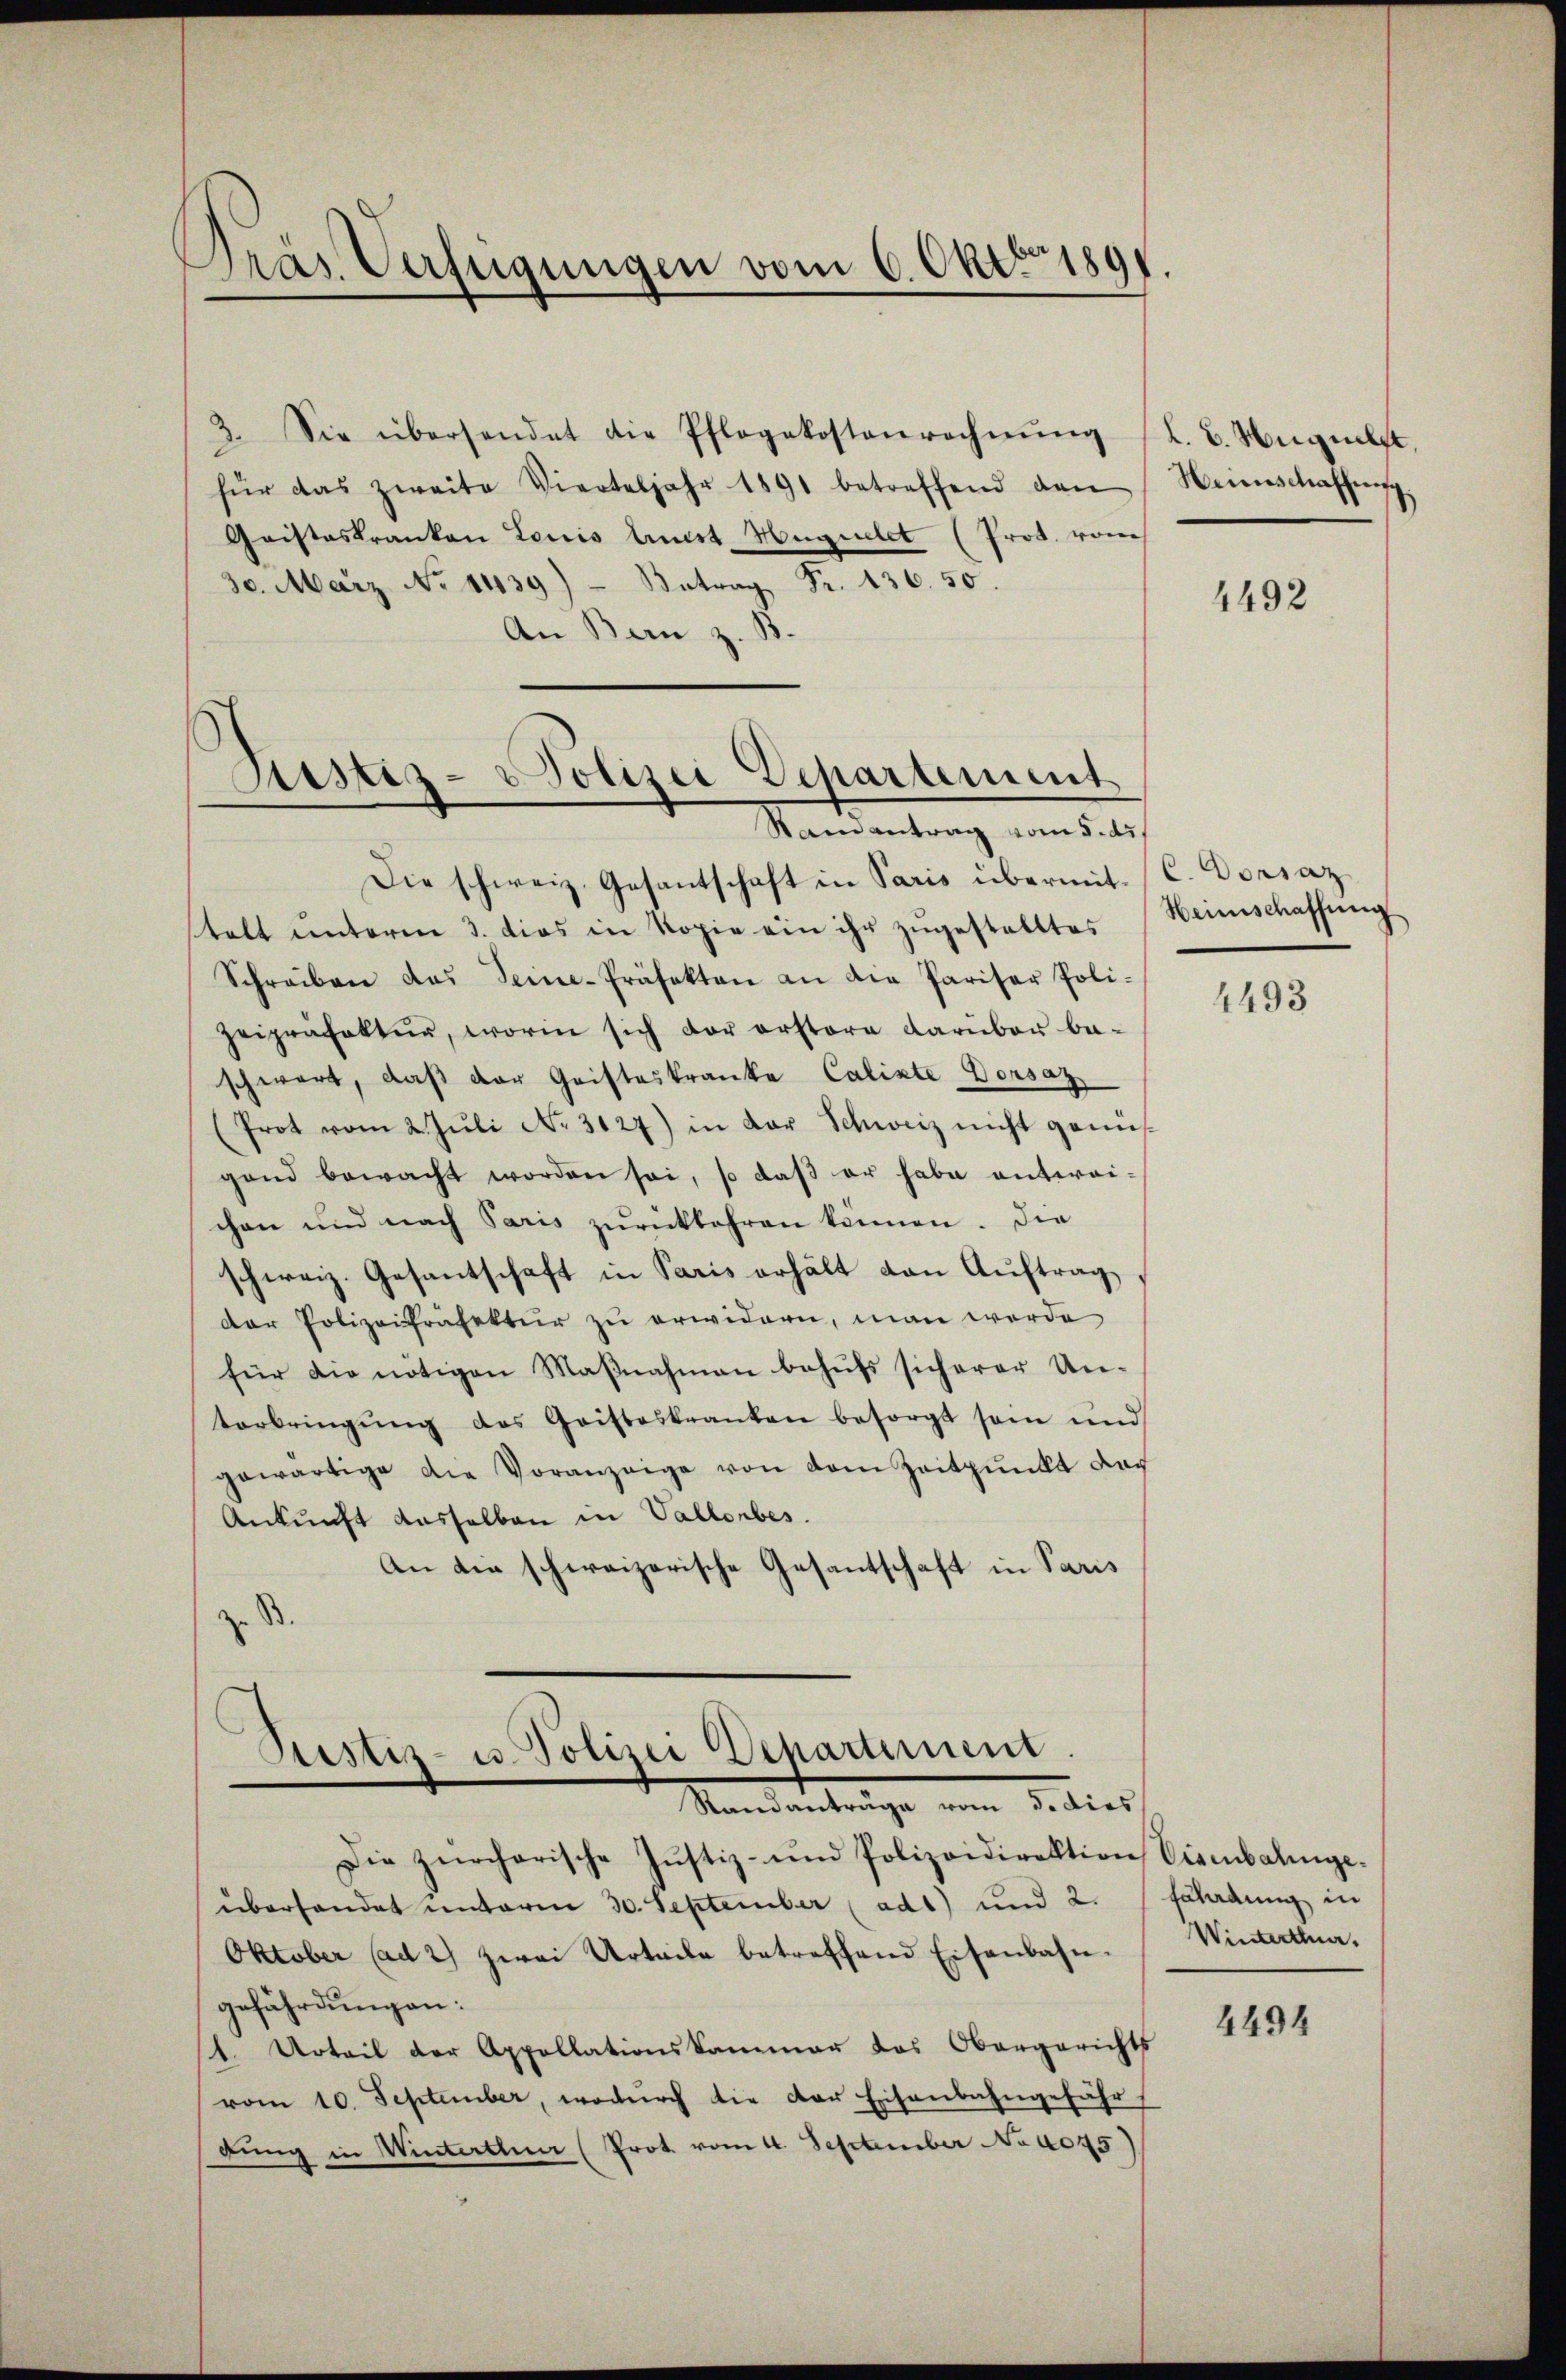
Dras Verfügungen vom 6. Okt. 1891.

für das zweite Vierteljahr 1891 betreffend den Weinschaffŭng.
Gaisteskranken Louis linist Huguelet (Prot. vom
30. März No 1439) Antrag Fr. 436. 50.
An Bern z. B.
Die schweiz. Gesantschaft in Paris übermit. C. Dorsaz
stalt ŭnterm 3. dies in Kopie ein ihr zŭgestelltes Weinschaffŭng
Schreiben das Seine-Präfekten an die Pariser Poli-
zeiprafaktur, worin sich der erstere darüber be-
schwert, daß der Gristeskranke Calixte Dorsaz
Prot vom 2. Jŭli No 3127) in der Schweiz nicht genüs-
gand bewacht worden sei, so daβ er habe antwor-
chen und nach Paris zurückkehren können. Die
schweiz. Gesantschaft in Paris erhält den Auftrag,
der Polizeipräfektur zu erwidern, man werde
für die nötigen Maβnahmen behŭfs sicherer Un-
terbringŭng des Gristeskranken besorgt sein und
gewärtige die Voranzeige von dem Zeitpunkt dar
Ankunft dasselben in Vallerbes.
An die schweizerische Gesantschaft in Paris
z. B.

2. Sie überhandet die Pflegekostenrechnung (L.B. August,

Justiz- & Polizei Departement
Samantrag vom 5. ds.

Sistiz- u Polizei Departement.
Standanträge vom 3. dies

Die zürcherische Justiz- und Polizeidirektion Visenbalingeüberhandet unterm 30. September (ad1) und 2.
Oktober (ad 2) zwei Urteile betreffend Eisenbahn-
gefährdungen:
1. Urteil der Appellationskammer das Obergerichts
vom 10. September, wodurch die der Eisenbahngefü
r
dung in Winterthur (Prot vom 4. September No 1045

4492

4493

täladung in
Winterthur,

4494